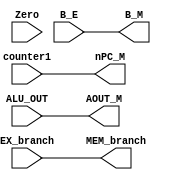
module EX_MEM (counter1, Zero, ALU_OUT, B_E, EX_branch, nPC_M, AOUT_M, B_M, MEM_branch);

    input [31:0] counter1;
    input Zero;
    input [31:0] ALU_OUT;
    input [31:0] B_E;
    input EX_branch;

    output reg [31:0] nPC_M;
    output reg [31:0] AOUT_M;
    output reg [31:0] B_M;
    output reg MEM_branch;

    always @(*) begin
        nPC_M <= counter1;
        AOUT_M <= ALU_OUT;
        B_M <= B_E;
        MEM_branch <= EX_branch;
    end


endmodule